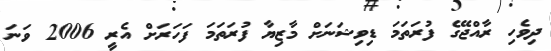
ދިވެހި ރާއްޖޭގެ ފުރަތަމަ ޑިވިޝަނަށް މާޒިޔާ ފުރަތަމަ ފަހަރަށް އެރީ 2006 ވަނަ